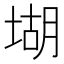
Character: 𡎁